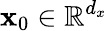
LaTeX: \mathbf{x}_{0}\in\mathbb{R}^{d_{x}}